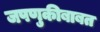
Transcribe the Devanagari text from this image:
जपणुकीबाबत